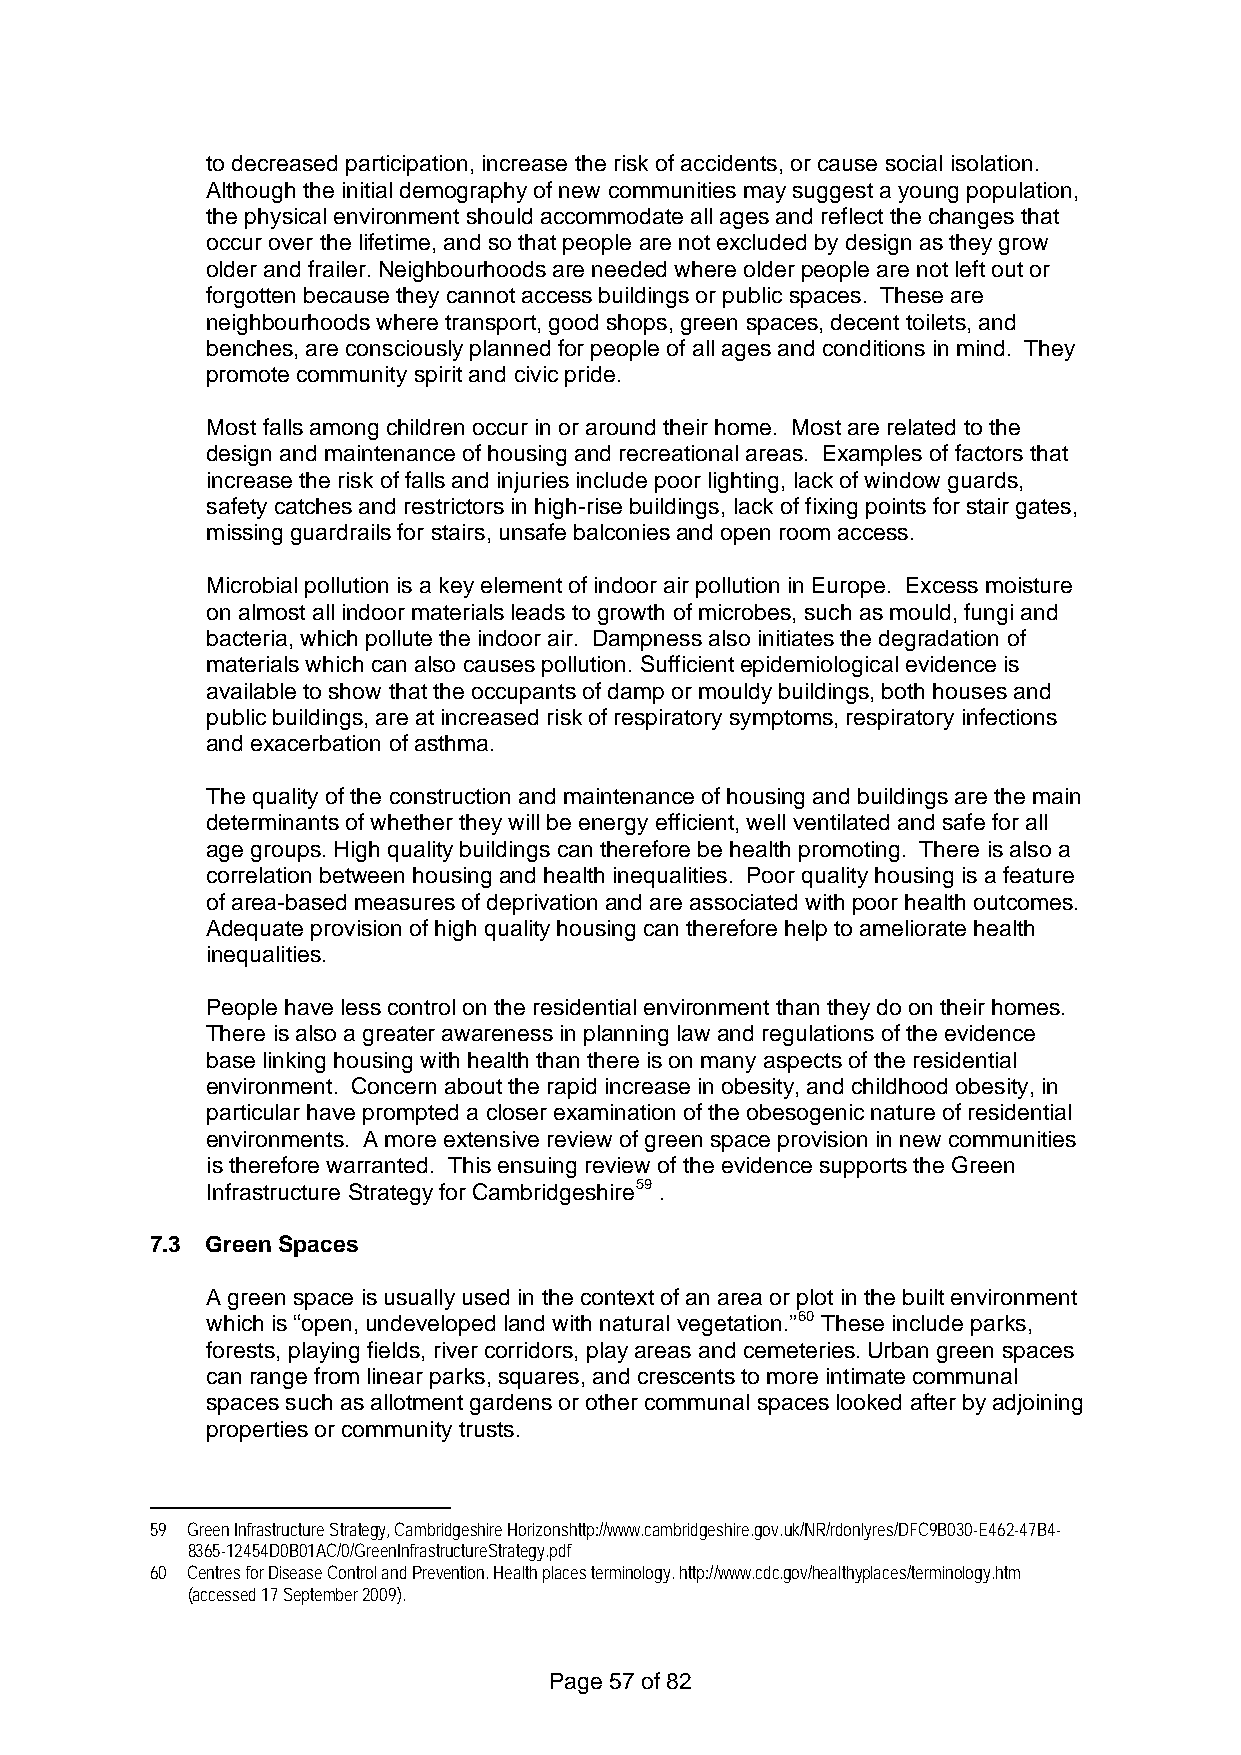
to decreased participation, increase the risk of accidents, or cause social isolation.
 Although the initial demography of new communities may suggest a young population,
 the physical environment should accommodate all ages and reflect the changes that
 occur over the lifetime, and so that people are not excluded by design as they grow
 older and frailer. Neighbourhoods are needed where older people are not left out or
 forgotten because they cannot access buildings or public spaces. These are
 neighbourhoods where transport, good shops, green spaces, decent toilets, and
 benches, are consciously planned for people of all ages and conditions in mind. They
 promote community spirit and civic pride.
 Most falls among children occur in or around their home. Most are related to the
 design and maintenance of housing and recreational areas. Examples of factors that
 increase the risk of falls and injuries include poor lighting, lack of window guards,
 safety catches and restrictors in high-rise buildings, lack of fixing points for stair gates,
 missing guardrails for stairs, unsafe balconies and open room access.
 Microbial pollution is a key element of indoor air pollution in Europe. Excess moisture
 on almost all indoor materials leads to growth of microbes, such as mould, fungi and
 bacteria, which pollute the indoor air. Dampness also initiates the degradation of
 materials which can also causes pollution. Sufficient epidemiological evidence is
 available to show that the occupants of damp or mouldy buildings, both houses and
 public buildings, are at increased risk of respiratory symptoms, respiratory infections
 and exacerbation of asthma.
 The quality of the construction and maintenance of housing and buildings are the main
 determinants of whether they will be energy efficient, well ventilated and safe for all
 age groups. High quality buildings can therefore be health promoting. There is also a
 correlation between housing and health inequalities. Poor quality housing is a feature
 of area-based measures of deprivation and are associated with poor health outcomes.
 Adequate provision of high quality housing can therefore help to ameliorate health
 inequalities.
 People have less control on the residential environment than they do on their homes.
 There is also a greater awareness in planning law and regulations of the evidence
 base linking housing with health than there is on many aspects of the residential
 environment. Concern about the rapid increase in obesity, and childhood obesity, in
 particular have prompted a closer examination of the obesogenic nature of residential
 environments. A more extensive review of green space provision in new communities
 is therefore warranted. This ensuing review of the evidence supports the Green
 Infrastructure Strategy for Cambridgeshire59 .
 7.3 Green Spaces
 A green space is usually used in the context of an area or plot in the built environment
 which is “open, undeveloped land with natural vegetation.”60 These include parks,
 forests, playing fields, river corridors, play areas and cemeteries. Urban green spaces
 can range from linear parks, squares, and crescents to more intimate communal
 spaces such as allotment gardens or other communal spaces looked after by adjoining
 properties or community trusts.
 59 Green Infrastructure Strategy, Cambridgeshire Horizonshttp://www.cambridgeshire.gov.uk/NR/rdonlyres/DFC9B030-E462-47B4-
 8365-12454D0B01AC/0/GreenInfrastructureStrategy.pdf
 60 Centres for Disease Control and Prevention. Health places terminology. http://www.cdc.gov/healthyplaces/terminology.htm
 (accessed 17 September 2009).
 Page 57 of 82